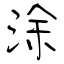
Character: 涂